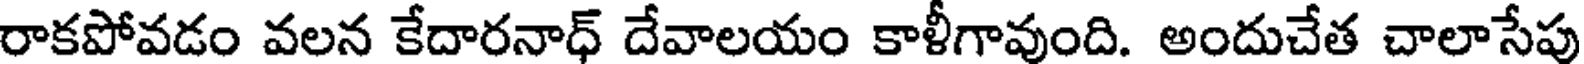
రాకపోవడం వలన కేదారనాధ్ దేవాలయం కాళీగావుంది. అందుచేత చాలాసేపు